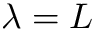
\lambda = L